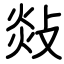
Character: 敥